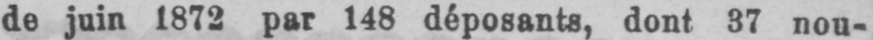
de juin 1872 par 148 déposants, dont 37 nou-